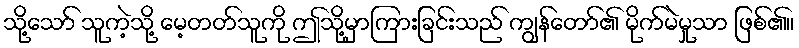
သို့သော် သူကဲ့သို့ မေ့တတ်သူကို ဤသို့မှာကြားခြင်းသည် ကျွန်တော်၏ မိုက်မဲမှုသာ ဖြစ်၏။